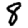
Digit: 8